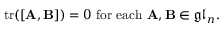
\operatorname { t r } ( [ \mathbf { A } , \mathbf { B } ] ) = 0 { \mathrm { ~ f o r ~ e a c h ~ } } \mathbf { A } , \mathbf { B } \in { \mathfrak { g l } } _ { n } .